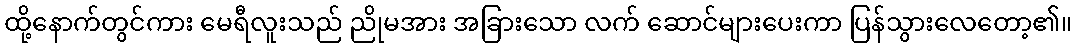
ထို့နောက်တွင်ကား မေရီလူးသည် ညိုမအား အခြားသော လက် ဆောင်များပေးကာ ပြန်သွားလေတော့၏။